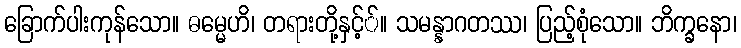
ခြောက်ပါးကုန်သော။ ဓမ္မေဟိ၊ တရားတို့နှင့််။ သမန္နာဂတဿ၊ ပြည့်စုံသော။ ဘိက္ခနော၊